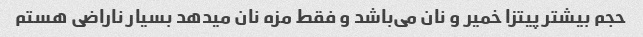
حجم بیشتر پیتزا خمیر و نان می‌باشد و فقط مزه نان میدهد بسیار ناراضی هستم